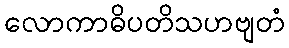
လောကာဓိပတိသဟဗျတံ